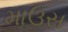
માઉસ